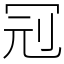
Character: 𠜍